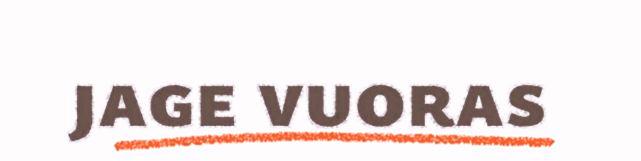
jage vuoras